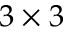
3 \times 3